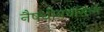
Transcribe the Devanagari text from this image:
नैषधीयचरितम